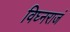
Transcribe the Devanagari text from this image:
विघ्नराजं